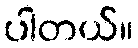
ပါတယ်။